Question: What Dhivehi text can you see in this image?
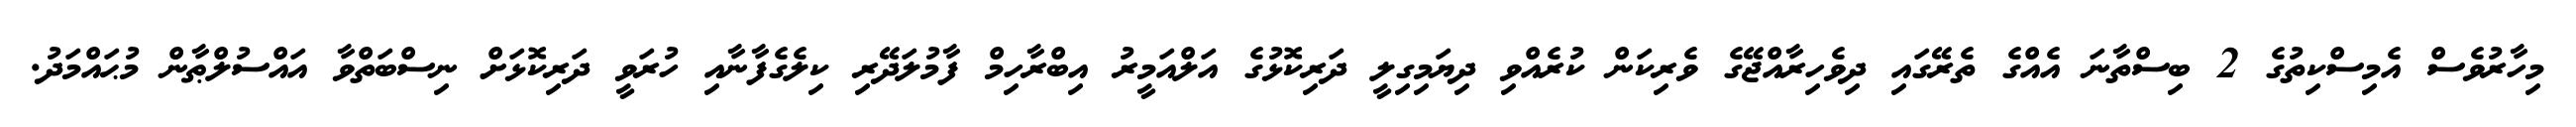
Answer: މިހާރުވެސް އެމިސްކިތުގެ 2 ބިސްތާނަ އެއްގެ ތެރޭގައި ދިވެހިރާއްޖޭގެ ވެރިކަން ކުރެއްވި ދިޔަމިގިލީ ދަރިކޮޅުގެ އަލްއަމީރު އިބްރާހިމް ފާމުލަދޭރި ކިލެގެފާނާއި ހުރަވީ ދަރިކޮޅަށް ނިސްބަތްވާ އައްސުލްޠާން މުޙައްމަދު.